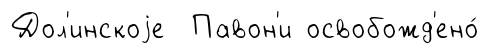
Дол'инскоjе Павон'и освобожд'ено́